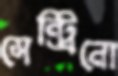
সেন্ট্রিনো